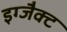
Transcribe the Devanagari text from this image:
इग्जैक्ट